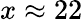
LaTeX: x\approx 22